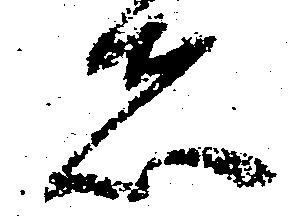
者